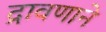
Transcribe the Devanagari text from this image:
द्रावणाने